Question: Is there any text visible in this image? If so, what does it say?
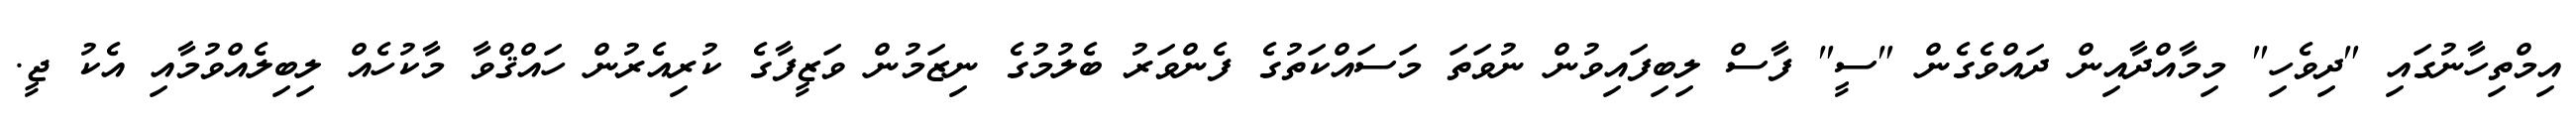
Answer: އިމްތިހާނުގައި "ދިވެހި" މިމާއްދާއިން ދައްވެގެން "ސީ" ފާސް ލިބިފައިވުން ނުވަތަ މަސައްކަތުގެ ފެންވަރު ބެލުމުގެ ނިޒަމުން ވަޒީފާގެ ކުރިއެރުން ހައްޤްވާ މާކުހެއް ލިބިލެއްވުމާއި އެކު ޖީ.